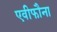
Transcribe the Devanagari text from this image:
एवीफौना